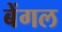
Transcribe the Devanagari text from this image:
बेंगल